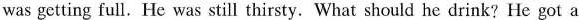
was getting full. He was still thirsty. What should he drink? He got a